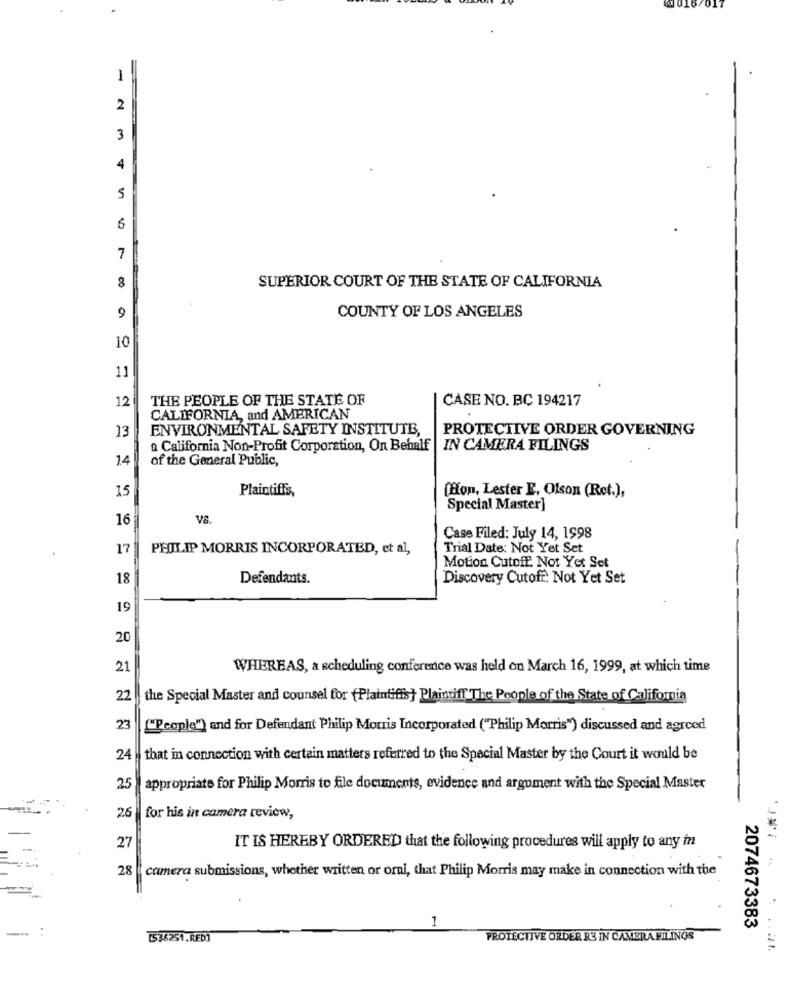
@ 016/017
1
2
3
4
5
6
7
00
SUPERIOR COURT OF THE STATE OF CALIFORNIA
9
COUNTY OF LOS ANGELES
10
11
12
THE PEOPLE OF THE STATE OF
CASE NO. BC 194217
CALIFORNIA, and AMERICAN
13
ENVIRONMENTAL SAFETY INSTITUTE,
PROTECTIVE ORDER GOVERNING
a California Non-Profit Corporation, On Behalf
IN CAMERA FILINGS
14
of the General Public,
Plaintiff's,
15
[ion, Lester E. Olson (Ret.),
Special Master]
16
VS
Case Filed: July 14, 1998
17
PHILIP MORRIS INCORPORATED, et al,
Trial Date: Not Yet Set
Motion Cutoff. Not Yet Set
18
Defendants.
Discovery Cutoff: Not Yet Set
19
20
21
WHEREAS, a scheduling conference was held on March 16, 1999, at which time
22
the Special Master and counsel for (Plaintiffs} Plaintiff The People of the State of California
23
""People") and for Defendant Philip Morris Incorporated ("Philip Morris") discussed and agreed
24
that in connection with certain matters referred to the Special Master by the Court it would be
25
appropriate for Philip Morris to file documents, evidence and argument with the Special Master
26
for his in camera review,
27
IT IS HEREBY ORDERED that the following procedures will apply to any in
28
camera submissions, whether written or orni, that Philip Morris may make in connection with the
1
2074673383
[536251.RED]
PROTECTIVE ORDER R3 IN CAMERA FILINGS